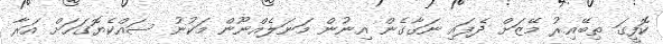
ކޮފީގަ ތިބޭއިރު މޭޒަށް ދެފައި ނަގާގެން އިނުން މަނަލެއްނޫން މަކުނު ސައްކެޔޮގަހަށް އަރާ